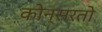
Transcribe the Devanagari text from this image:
कोन्सरतो